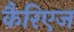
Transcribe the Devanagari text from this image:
कैरिएज